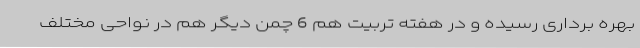
بهره برداری رسیده و در هفته تربیت هم 6 چمن دیگر هم در نواحی مختلف